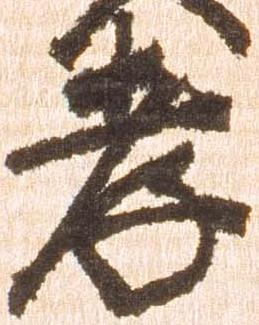
孝